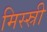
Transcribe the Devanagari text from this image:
मिस्स्री